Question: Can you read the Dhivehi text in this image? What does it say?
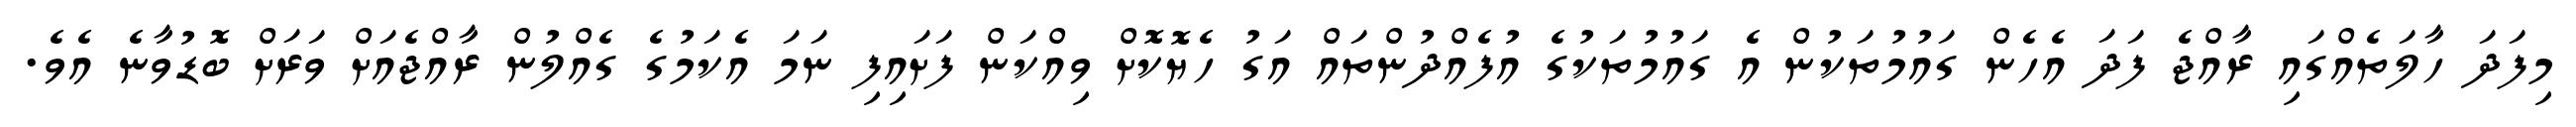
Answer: މިފަދަ ހާލަތެއްގައި ރާއްޖެ ފަދަ އެހެން ގައުމުތަކުން އެ ގައުމުތަކުގެ އުފެއްދުންތައް އަގު ހެޔޮކޮށް ވިއްކަން ފަށައިފި ނަމަ އެކަމުގެ ގެއްލުން ރާއްޖެއަށް ވަރަށް ބޮޑުވާނެ އެވެ.